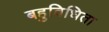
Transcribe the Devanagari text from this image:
बहुविधिता